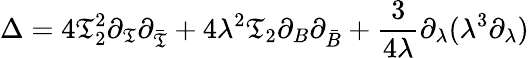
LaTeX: \Delta=4\mathfrak{T}_{2}^{2}\partial_{\mathfrak{T}}\partial_{\bar{{\mathfrak{T}}}}+4\lambda^{2}\mathfrak{T}_{2}\partial_{B}\partial_{\bar{{B}}}+\frac{{3}}{{4\lambda}}\partial_{\lambda}(\lambda^{3}\partial_{\lambda})